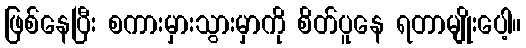
ဖြစ်နေပြီး စကားမှားသွားမှာကို စိတ်ပူနေ ရတာမျိုးပေါ့။